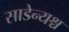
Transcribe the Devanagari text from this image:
साडेन्यश्च